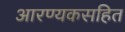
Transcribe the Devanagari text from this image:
आरण्यकसहित